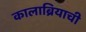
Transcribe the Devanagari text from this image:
कालाब्रियाची